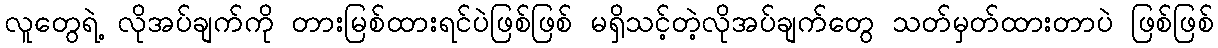
လူတွေရဲ့ လိုအပ်ချက်ကို တားမြစ်ထားရင်ပဲဖြစ်ဖြစ် မရှိသင့်တဲ့လိုအပ်ချက်တွေ သတ်မှတ်ထားတာပဲ ဖြစ်ဖြစ်